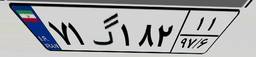
۷۱گ۱۸۲۱۱